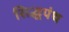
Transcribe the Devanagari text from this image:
सिद्धपंथ